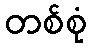
တစ်စုံ